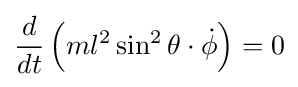
{\frac {d}{dt}}\left(ml^{2}\sin ^{2}\theta \cdot {\dot {\phi }}\right)=0